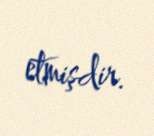
etmişdir.